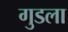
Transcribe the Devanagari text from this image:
गुडला